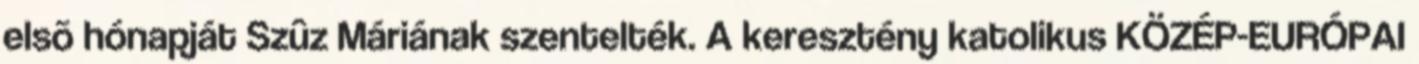
elsõ hónapját Szûz Máriának szentelték. A keresztény katolikus KÖZÉP-EURÓPAI